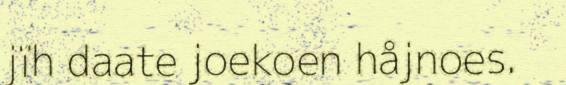
jïh daate joekoen håjnoes.